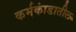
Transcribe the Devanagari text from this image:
कर्मकांडातील